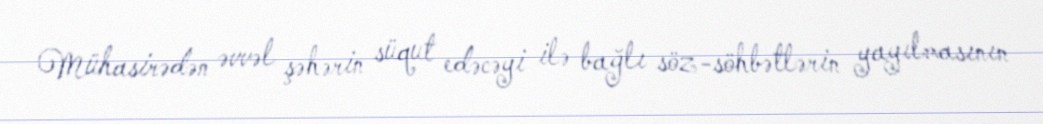
Mühasirədən əvvəl şəhərin süqut edəcəyi ilə bağlı söz-söhbətlərin yayılmasının